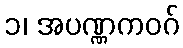
၁၊ အပဏ္ဏကဝဂ်